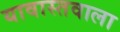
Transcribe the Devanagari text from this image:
यावास्तवाला